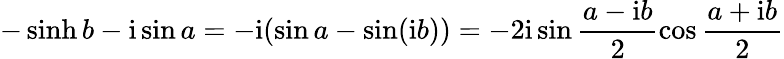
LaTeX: -\sinh b-\mathrm{i}\sin a=-\mathrm{i}(\sin a-\sin(\mathrm{i}b))=-2\mathrm{i}\sin\frac{a-\mathrm{i}b}2\cos\frac{a+\mathrm{i}b}2